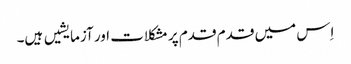
اِس میں قدم قدم پر مشکلات اور آزمایشیں ہیں۔